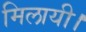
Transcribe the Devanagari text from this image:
मिलायी।